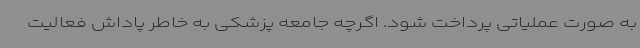
به صورت عملیاتی پرداخت شود. اگرچه جامعه پزشکی به خاطر پاداش فعالیت